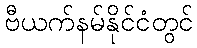
ဗီယက်နမ်နိုင်ငံတွင်